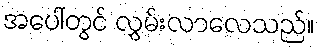
အပေါ်တွင် လွှမ်းလာလေသည်။